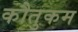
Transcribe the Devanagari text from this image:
कौतुकम